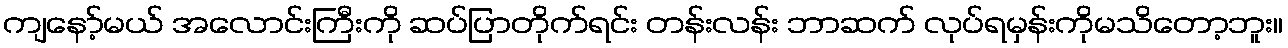
ကျနော့်မယ် အလောင်းကြီးကို ဆပ်ပြာတိုက်ရင်း တန်းလန်း ဘာဆက် လုပ်ရမှန်းကိုမသိတော့ဘူး။